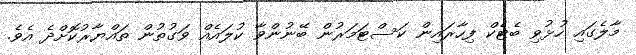
މާލެގައި ހުޅުވި ބެޓެކް ފިހާރައިން ކަސްޓަމަރުން ބޭނުންވާ ކުލައެއް ވަގުތުން ތައްޔާރުކޮށްދެެ އެވެ.